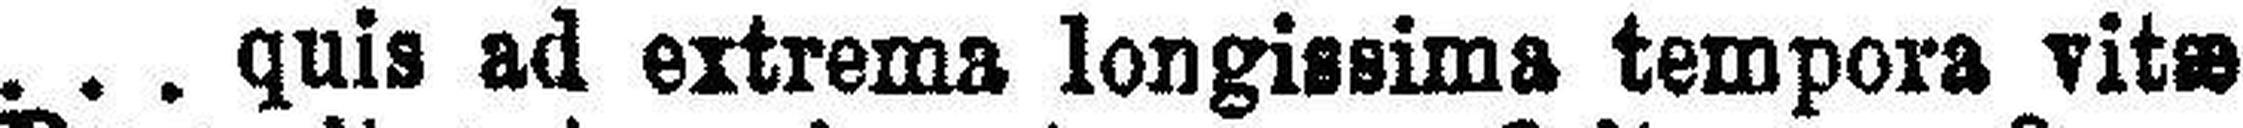
quis ad extrema longissima tempora vitæ